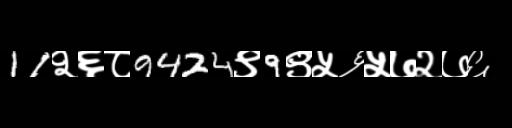
Text: 11२६८9424९9९५६५७२७६